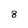
Character: 8